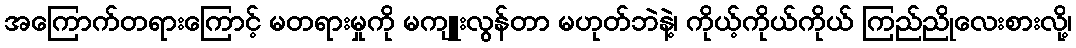
အကြောက်တရားကြောင့် မတရားမှုကို မကျူးလွန်တာ မဟုတ်ဘဲနဲ့၊ ကိုယ့်ကိုယ်ကိုယ် ကြည်ညိုလေးစားလို့၊